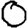
Digit: 0